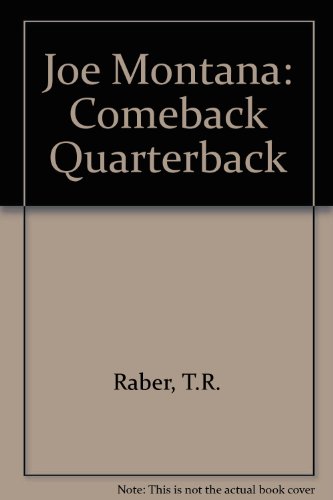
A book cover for Joe Montana: Comeback Quarterback; Thomas R. Raber; Teen & Young Adult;